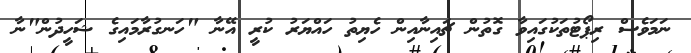
ނަމަވެސް ރިޕޯޓުތަކުގައިވާ ގޮތުން ޗައިނާއިން ހެޔިތު ހައްޔަރު ކުރީ އޭނާ "ހަނގުރާމައިގެ ޝަހީދުން"ނާ